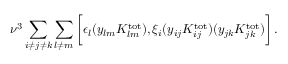
\nu ^ { 3 } \sum _ { i \ne j \ne k } \sum _ { l \ne m } \bigg [ \epsilon _ { l } ( y _ { l m } K _ { l m } ^ { \mathrm { t o t } } ) , \xi _ { i } ( y _ { i j } K _ { i j } ^ { \mathrm { t o t } } ) ( y _ { j k } K _ { j k } ^ { \mathrm { t o t } } ) \bigg ] \, .